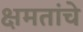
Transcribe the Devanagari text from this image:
क्षमतांचे